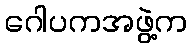
ဂေါပကအဖွဲ့က